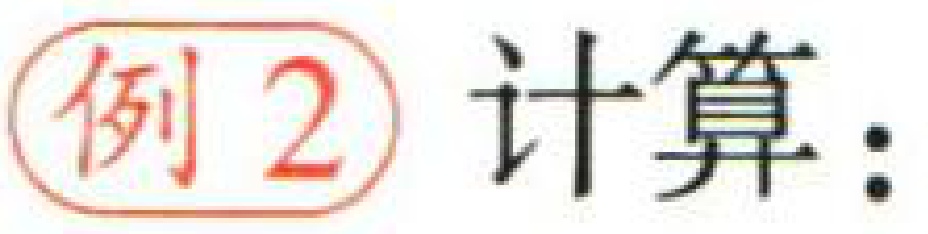
例2 计算：